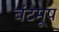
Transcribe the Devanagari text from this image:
बंटमूष